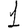
Digit: 1